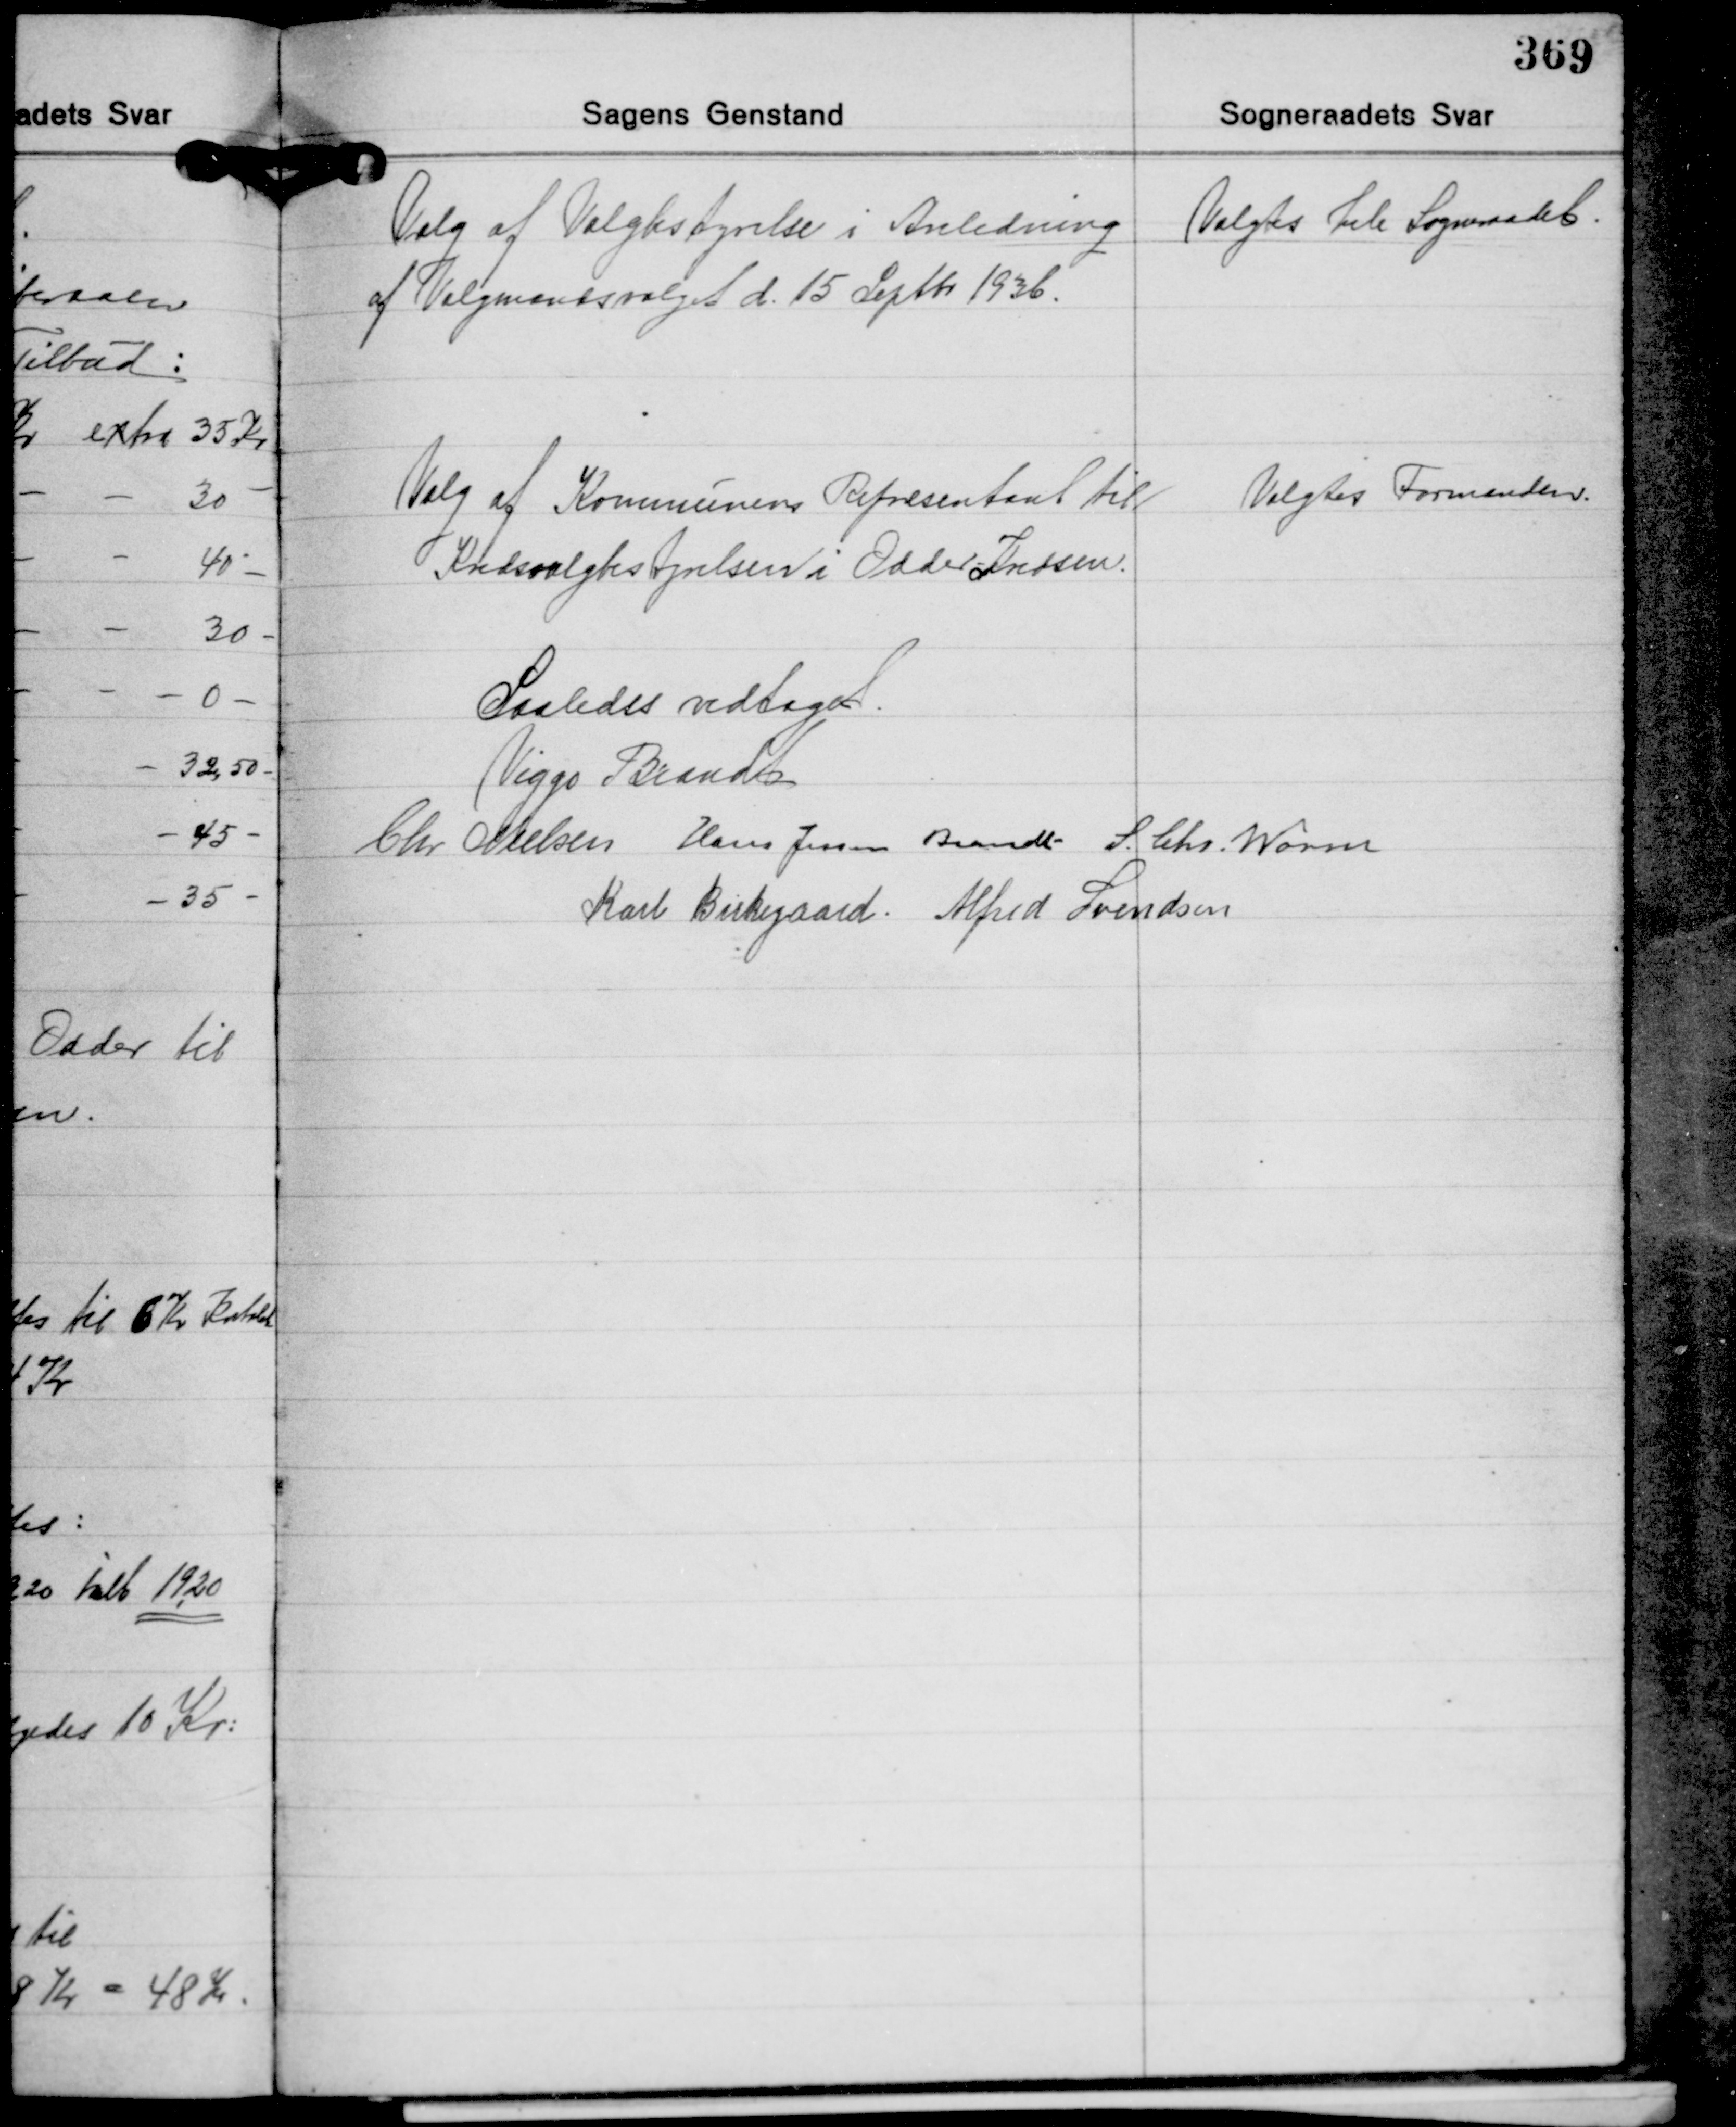
Transskription:
Valg af Valgbestyrelse i Anledning
af Valgmandsvalget d. 15 Septbr. 1936.

Valgtes hele Sogneraadet.

Valg af Kommunens Repræsentant til
Kredsvalgbestyrelsen i Odder Kredsen.

Valgtes Formanden.

Saaledes vedtaget.
Viggo Brandt
Chr. Nielsen Hans Jessen Brandt S. Chr. Worm
Karl Birkegaard Alfred Svendsen